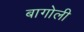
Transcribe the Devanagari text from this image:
बागोली